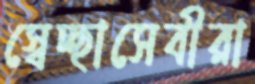
স্বেচ্ছাসেবীরা